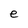
Character: e